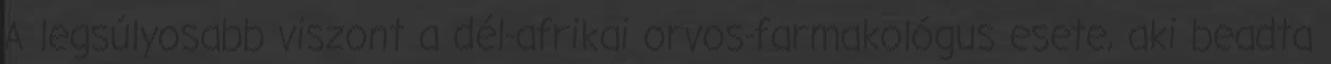
A legsúlyosabb viszont a dél-afrikai orvos-farmakológus esete, aki beadta